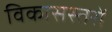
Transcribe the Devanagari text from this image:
विकासस्तरों